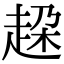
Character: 𧻞